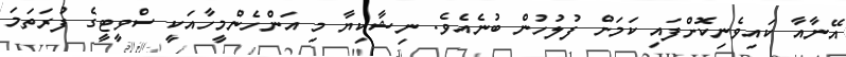
އޭނާއާ ކައިވެނިކޮށްފައި ކަމަށް ފުލުހުން ބުނެއެވެ. ނިޝާކިޔާ މި އަންހެންމީހާއަކީ ސްވީޓީގެ ފުރަތަމަ